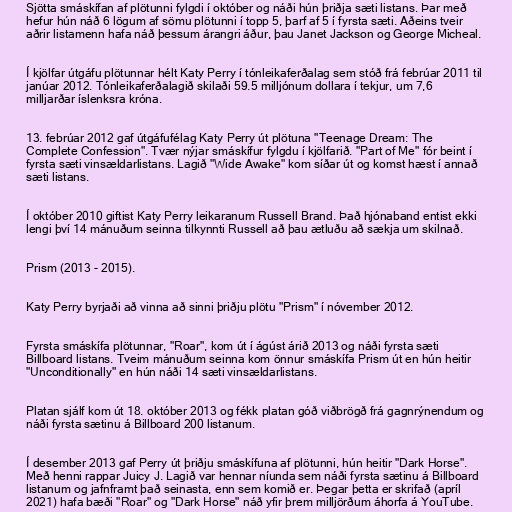
Sjötta smáskífan af plötunni fylgdi í október og náði hún þriðja sæti listans. Þar með
hefur hún náð 6 lögum af sömu plötunni í topp 5, þarf af 5 í fyrsta sæti. Aðeins tveir
aðrir listamenn hafa náð þessum árangri áður, þau Janet Jackson og George Micheal.

Í kjölfar útgáfu plötunnar hélt Katy Perry í tónleikaferðalag sem stóð frá febrúar 2011 til
janúar 2012. Tónleikaferðalagið skilaði 59.5 milljónum dollara í tekjur, um 7,6
milljarðar íslenksra króna.

13. febrúar 2012 gaf útgáfufélag Katy Perry út plötuna "Teenage Dream: The
Complete Confession". Tvær nýjar smáskífur fylgdu í kjölfarið. "Part of Me" fór beint í
fyrsta sæti vinsældarlistans. Lagið "Wide Awake" kom síðar út og komst hæst í annað
sæti listans.

Í október 2010 giftist Katy Perry leikaranum Russell Brand. Það hjónaband entist ekki
lengi því 14 mánuðum seinna tilkynnti Russell að þau ætluðu að sækja um skilnað.

Prism (2013 - 2015).

Katy Perry byrjaði að vinna að sinni þriðju plötu "Prism" í nóvember 2012.

Fyrsta smáskífa plötunnar, "Roar", kom út í ágúst árið 2013 og náði fyrsta sæti
Billboard listans. Tveim mánuðum seinna kom önnur smáskífa Prism út en hún heitir
"Unconditionally" en hún náði 14 sæti vinsældarlistans.

Platan sjálf kom út 18. október 2013 og fékk platan góð viðbrögð frá gagnrýnendum og
náði fyrsta sætinu á Billboard 200 listanum.

Í desember 2013 gaf Perry út þriðju smáskífuna af plötunni, hún heitir "Dark Horse".
Með henni rappar Juicy J. Lagið var hennar níunda sem náði fyrsta sætinu á Billboard
listanum og jafnframt það seinasta, enn sem komið er. Þegar þetta er skrifað (apríl
2021) hafa bæði "Roar" og "Dark Horse" náð yfir þrem milljörðum áhorfa á YouTube.